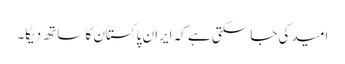
امید کی جا سکتی ہے کہ ایران پاکستان کا ساتھ دیگا۔